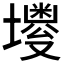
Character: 𪤫